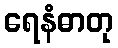
ရေနံဓာတု